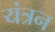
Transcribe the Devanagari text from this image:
यंत्रन